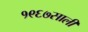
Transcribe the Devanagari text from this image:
१९६७साली